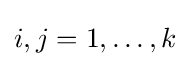
i,j=1,\ldots ,k